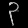
Digit: ၃